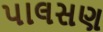
પાલસણ